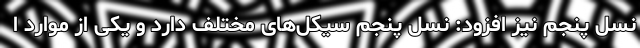
نسل پنجم نیز افزود: نسل پنجم سیکل‌های مختلف دارد و یکی از موارد ا